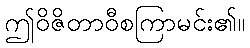
ဤဝိဇိတာဝီစကြာမင်း၏။